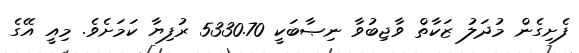
ފެށިގެން މުދަލު ޒަކާތް ވާޖިބުވާ ނިޞާބަކީ 5330.70 ރުފިޔާ ކަަމަށެވެ. މިއީ އޭގެ